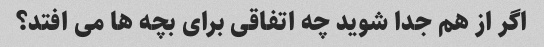
اگر از هم جدا شوید چه اتفاقی برای بچه ها می افتد؟